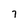
Character: 7